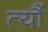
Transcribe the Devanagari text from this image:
त्यौं